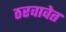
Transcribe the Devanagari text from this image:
ठरवावेत